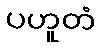
ပဟူတံ